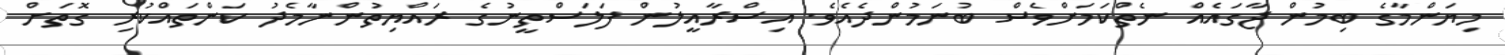
މިޔަންމާގެ ބިމުން ޖާގައެއް ނެތްކަމަށްވެސް ބުނަމުންދެއެވެ. އިސްރާއީލުން ފަލަސްތީނުގެ ރައްޔިތުންނާމެދު ކަންތައްކުރި ގޮތަށް